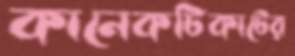
কানেকটিকাটের